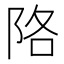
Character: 䧄